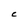
Character: C